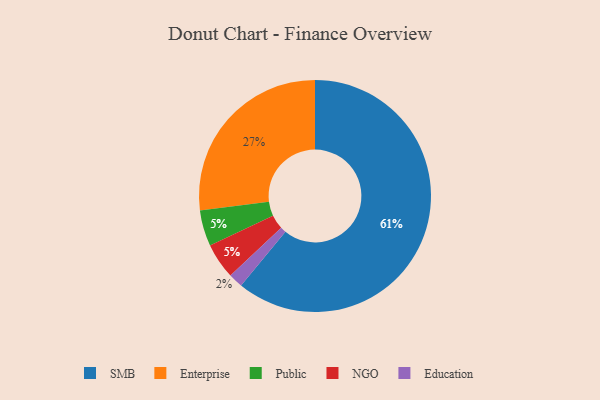
{"axis": {"x": "Category", "y": "Percentage"}, "legend": ["Education", "Enterprise", "NGO", "Public", "SMB"], "data": [{"x": "Public", "y": 5, "type": "Public"}, {"x": "NGO", "y": 5, "type": "NGO"}, {"x": "SMB", "y": 61, "type": "SMB"}, {"x": "Education", "y": 2, "type": "Education"}, {"x": "Enterprise", "y": 27, "type": "Enterprise"}]}